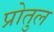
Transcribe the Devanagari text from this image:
प्रोतुल